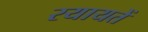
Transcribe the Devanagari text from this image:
रयायतें